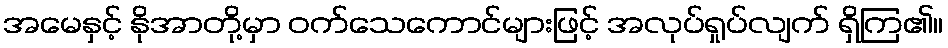
အမေနှင့် နိုအာတို့မှာ ဝက်သေကောင်များဖြင့် အလုပ်ရှုပ်လျက် ရှိကြ၏။